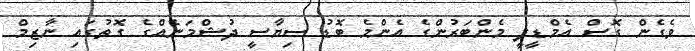
ވެގެން ގޮސް އެމްޑީޕީ މެންބަރުންގެ އެންމެ ބޮޑު ސިޔާސީ ދުޝްމަނެއްގެ ގޮތުގައި ނާޒިމް